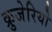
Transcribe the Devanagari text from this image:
क्रुजेरियो